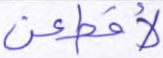
لأقطعن